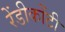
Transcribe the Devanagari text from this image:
रेंडीकोंटी